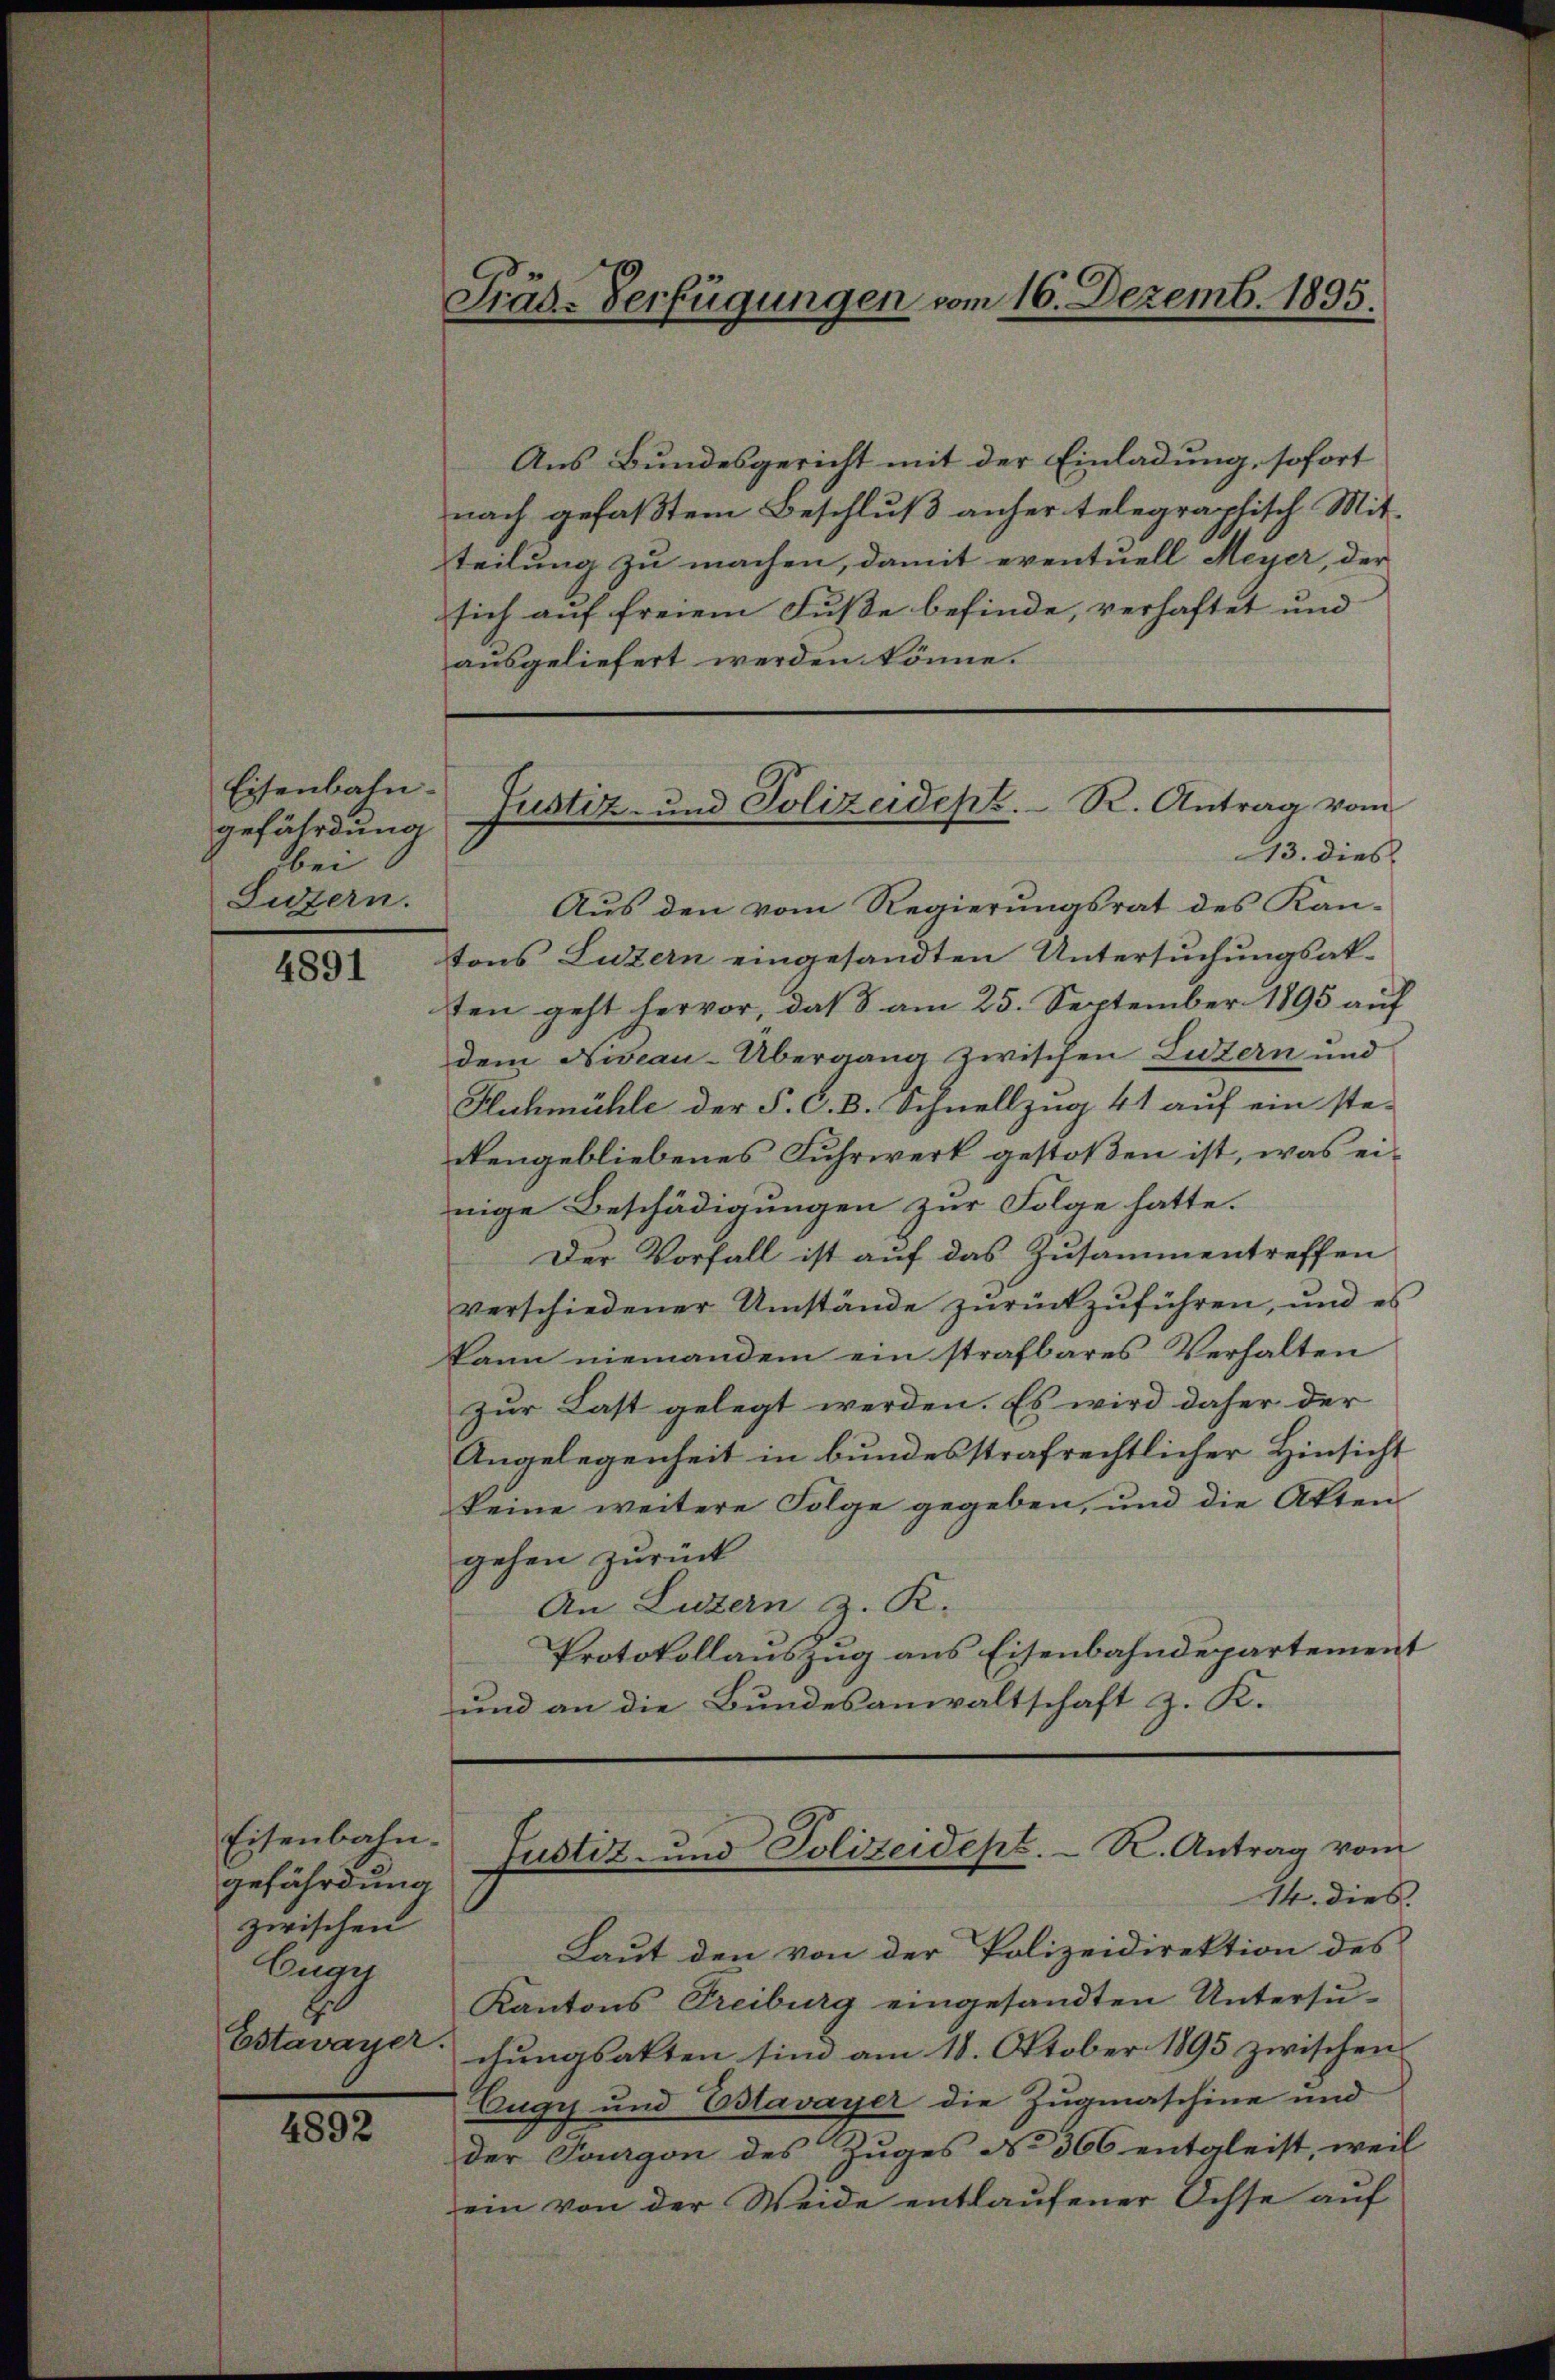
Eisenbahn-
gefährdung
bei
Luzern.

4891

Eisenbahn.
gefährdung
zwischen
Cuar
Estavayer.

4892

Präd-Verfügungen vom 16. Dezemb. 1895.

Aus Bundesgericht mit der Einladung, sofort
nach gefaßtem Beschluß anher telegraphisch Mit-
teilung zu machen, damit eventuell Meyer, der
sich auf freiem Fusse befinde, verhaftet und
ausgeliefert werden könne.
Aus den vom Regierungsrat des Kan-
tons Luzern eingesandten Untersuchungsak-
ten geht hervor, daß 8 am 25. September 1895 auf
dem Niveau-Übergang zwischen Luzern und
Huhmühle der P. C. B. Schnellzug 41 auf ein ste-
kengebliebenes Fuhrwerk gestoßen ist, was einige Beschädigungen zur Folge hatte.
Der Vorfall ist auf das Zusammentreffen
verschiedener Umstände zŭrückzuführen, und es
kann niemandem ein strafbares Verhalten
zur Last gelegt werden. Es wird daher der
Angelegenheit in bundesstrafrechtlicher Hinsicht
keine weitere Folge gegeben, und die Akten
gehen zurück
An Luzern z. K.
Protokollauszug aus Eisenbahndepartement
und an die Bundesanwaltschaft z. K.

Justiz- und Polizeidept. R. Antrag vom
13. dies

Laut den von der Polizeidirektion des
Kantons Treiburg eingesandten Untersuchungsakten sind am 18. Oktober 1895 zwischen
Eugy und Estavayer die Zugmaschine und
der Tourgon des Zuges No 366 entgleist, weil
ein von der Weide entlaufener Ochse auf

Justiz- und Polizeidept. R. Antrag vom
14. dies